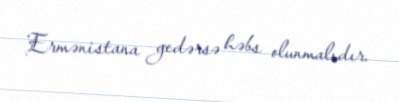
Ermənistana gedərsə həbs olunmalıdır.